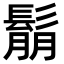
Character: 鬅